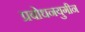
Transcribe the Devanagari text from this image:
प्रबोधनयुगीन